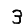
Digit: 3